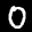
Label: 0